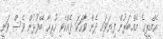
އެމްޑީޕީގެ މެމްބަރުން ފިޔަވައި ދެން ވާހަކަ ދެއްކެވި ހުރިހާ ބޭފުޅުން ވެސް ވަނީ